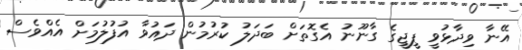
އޭނާ ވިދާޅުވީ ޕީޖީގެ ގާނޫނު އެގޮތަށް ބަދަލު ކުރުމުން ދައުވާ އުފުލުމަށް އެއްވެސް